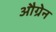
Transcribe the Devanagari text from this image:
औग्रेन